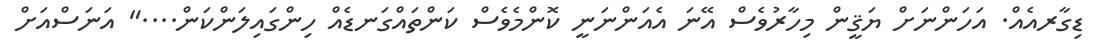
ޑިގާރއެއް. އަހަންނަށް ޔަޤީން މިހާރުވެސް އޭނަ އެއަންނަނީ ކޮންމެވެސް ކަންތައްގަނޑެއް ހިންގައިލަންކަން...." އަނަސްއަށް